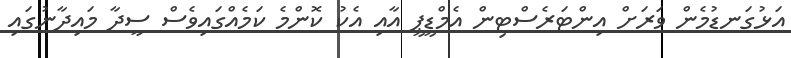
އަޅުގަނޑުމެން ވަރަށް އިންޓަރެސްޓިން އެމްޑީޕީ އާއި އެކު ކޮންމެ ކަމެއްގައިވެސް ސީދާ މައިދާނުގައި